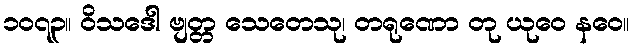
၁၀၇၃။ ဝိသဒေါ ဗျတ္တ သေတေသု၊ တရုဏော တု ယုဝေ နဝေ။